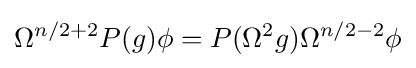
\Omega ^{n/2+2}P(g)\phi =P(\Omega ^{2}g)\Omega ^{n/2-2}\phi